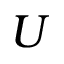
U